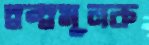
দ্বন্দ্বমূলক